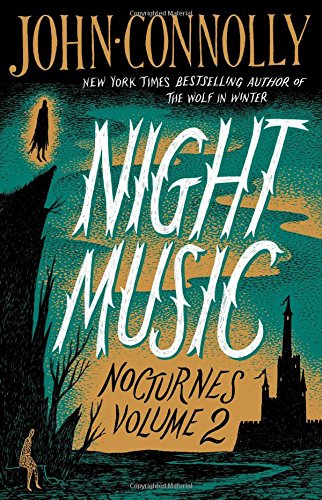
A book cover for Night Music: Nocturnes Volume 2; John Connolly; Literature & Fiction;